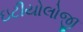
ઇટીયોલોજી